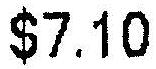
$7.10